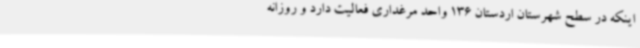
اینکه در سطح شهرستان اردستان 136 واحد مرغداری فعالیت دارد و روزانه